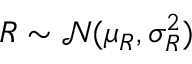
R \sim \mathcal N ( \mu _ { R } , \sigma _ { R } ^ { 2 } )